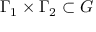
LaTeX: \Gamma _ { 1 } \times \Gamma _ { 2 } \subset G